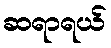
ဆရာရယ်